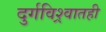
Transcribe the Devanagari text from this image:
दुर्गविश्र्वातही